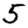
Digit: 5